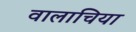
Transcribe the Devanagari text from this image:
वालाचिया